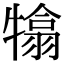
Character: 𤛣